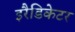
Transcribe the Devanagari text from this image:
इरैडिकेटर